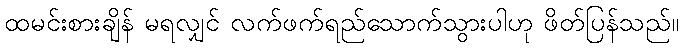
ထမင်းစားချိန် မရလျှင် လက်ဖက်ရည်သောက်သွားပါဟု ဖိတ်ပြန်သည်။